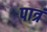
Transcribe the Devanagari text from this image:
पात्रं